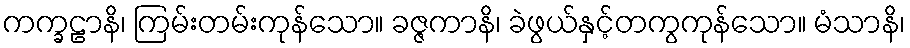
ကက္ခဠာနိ၊ ကြမ်းတမ်းကုန်သော။ ခဇ္ဇကာနိ၊ ခဲဖွယ်နှင့်တကွကုန်သော။ မံသာနိ၊